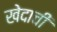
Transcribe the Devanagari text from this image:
खेदाची